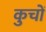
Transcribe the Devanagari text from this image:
कुचों